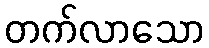
တက်လာသော